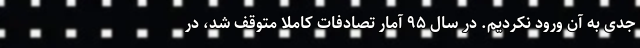
جدی به آن ورود نکردیم. در سال ۹۵ آمار تصادفات کاملاً متوقف شد، در